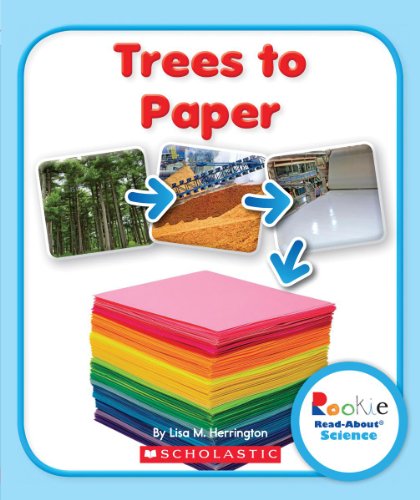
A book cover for Trees to Paper (Rookie Read-About Science); Lisa M. Herrington; Children's Books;